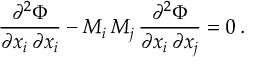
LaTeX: { \frac { \partial ^ { 2 } \Phi } { \partial x _ { i } \, \partial x _ { i } } } - M _ { i } \, M _ { j } \, { \frac { \partial ^ { 2 } \Phi } { \partial x _ { i } \, \partial x _ { j } } } = 0 \, .